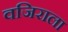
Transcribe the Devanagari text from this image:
वजिराला